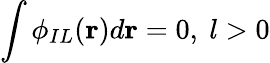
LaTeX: \int\phi_{IL}({\mathbf r})d{\mathbf r}=0,~l>0